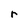
Character: r